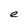
Character: e